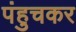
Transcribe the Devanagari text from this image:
पंहुचकर